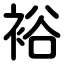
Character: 裕